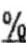
%